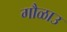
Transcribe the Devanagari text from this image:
गौळाउ